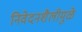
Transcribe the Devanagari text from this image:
निवेदनशैलीमुळे